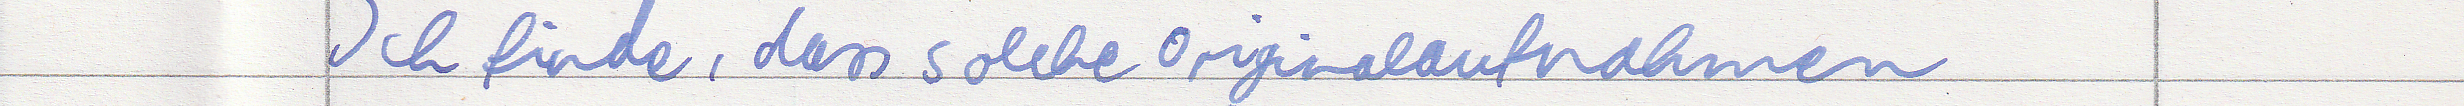
Ich finde, dass solche Originalaufnahmen